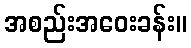
အစည်းအဝေးခန်း။